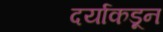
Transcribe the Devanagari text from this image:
दर्याकडून